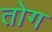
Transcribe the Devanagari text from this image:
तोग